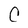
Character: C